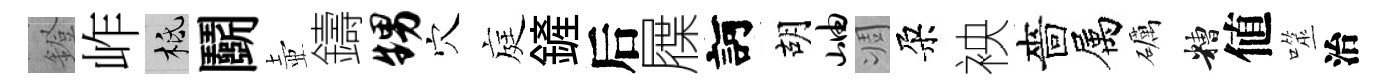
鐙岞柢鬬壺鑄甥穴庭鏟后屧訶胡岫凋朶䘧嗇属礪糟値噬治